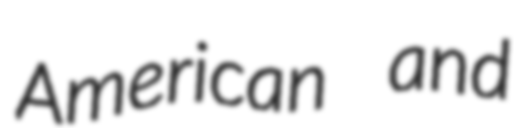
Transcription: American and